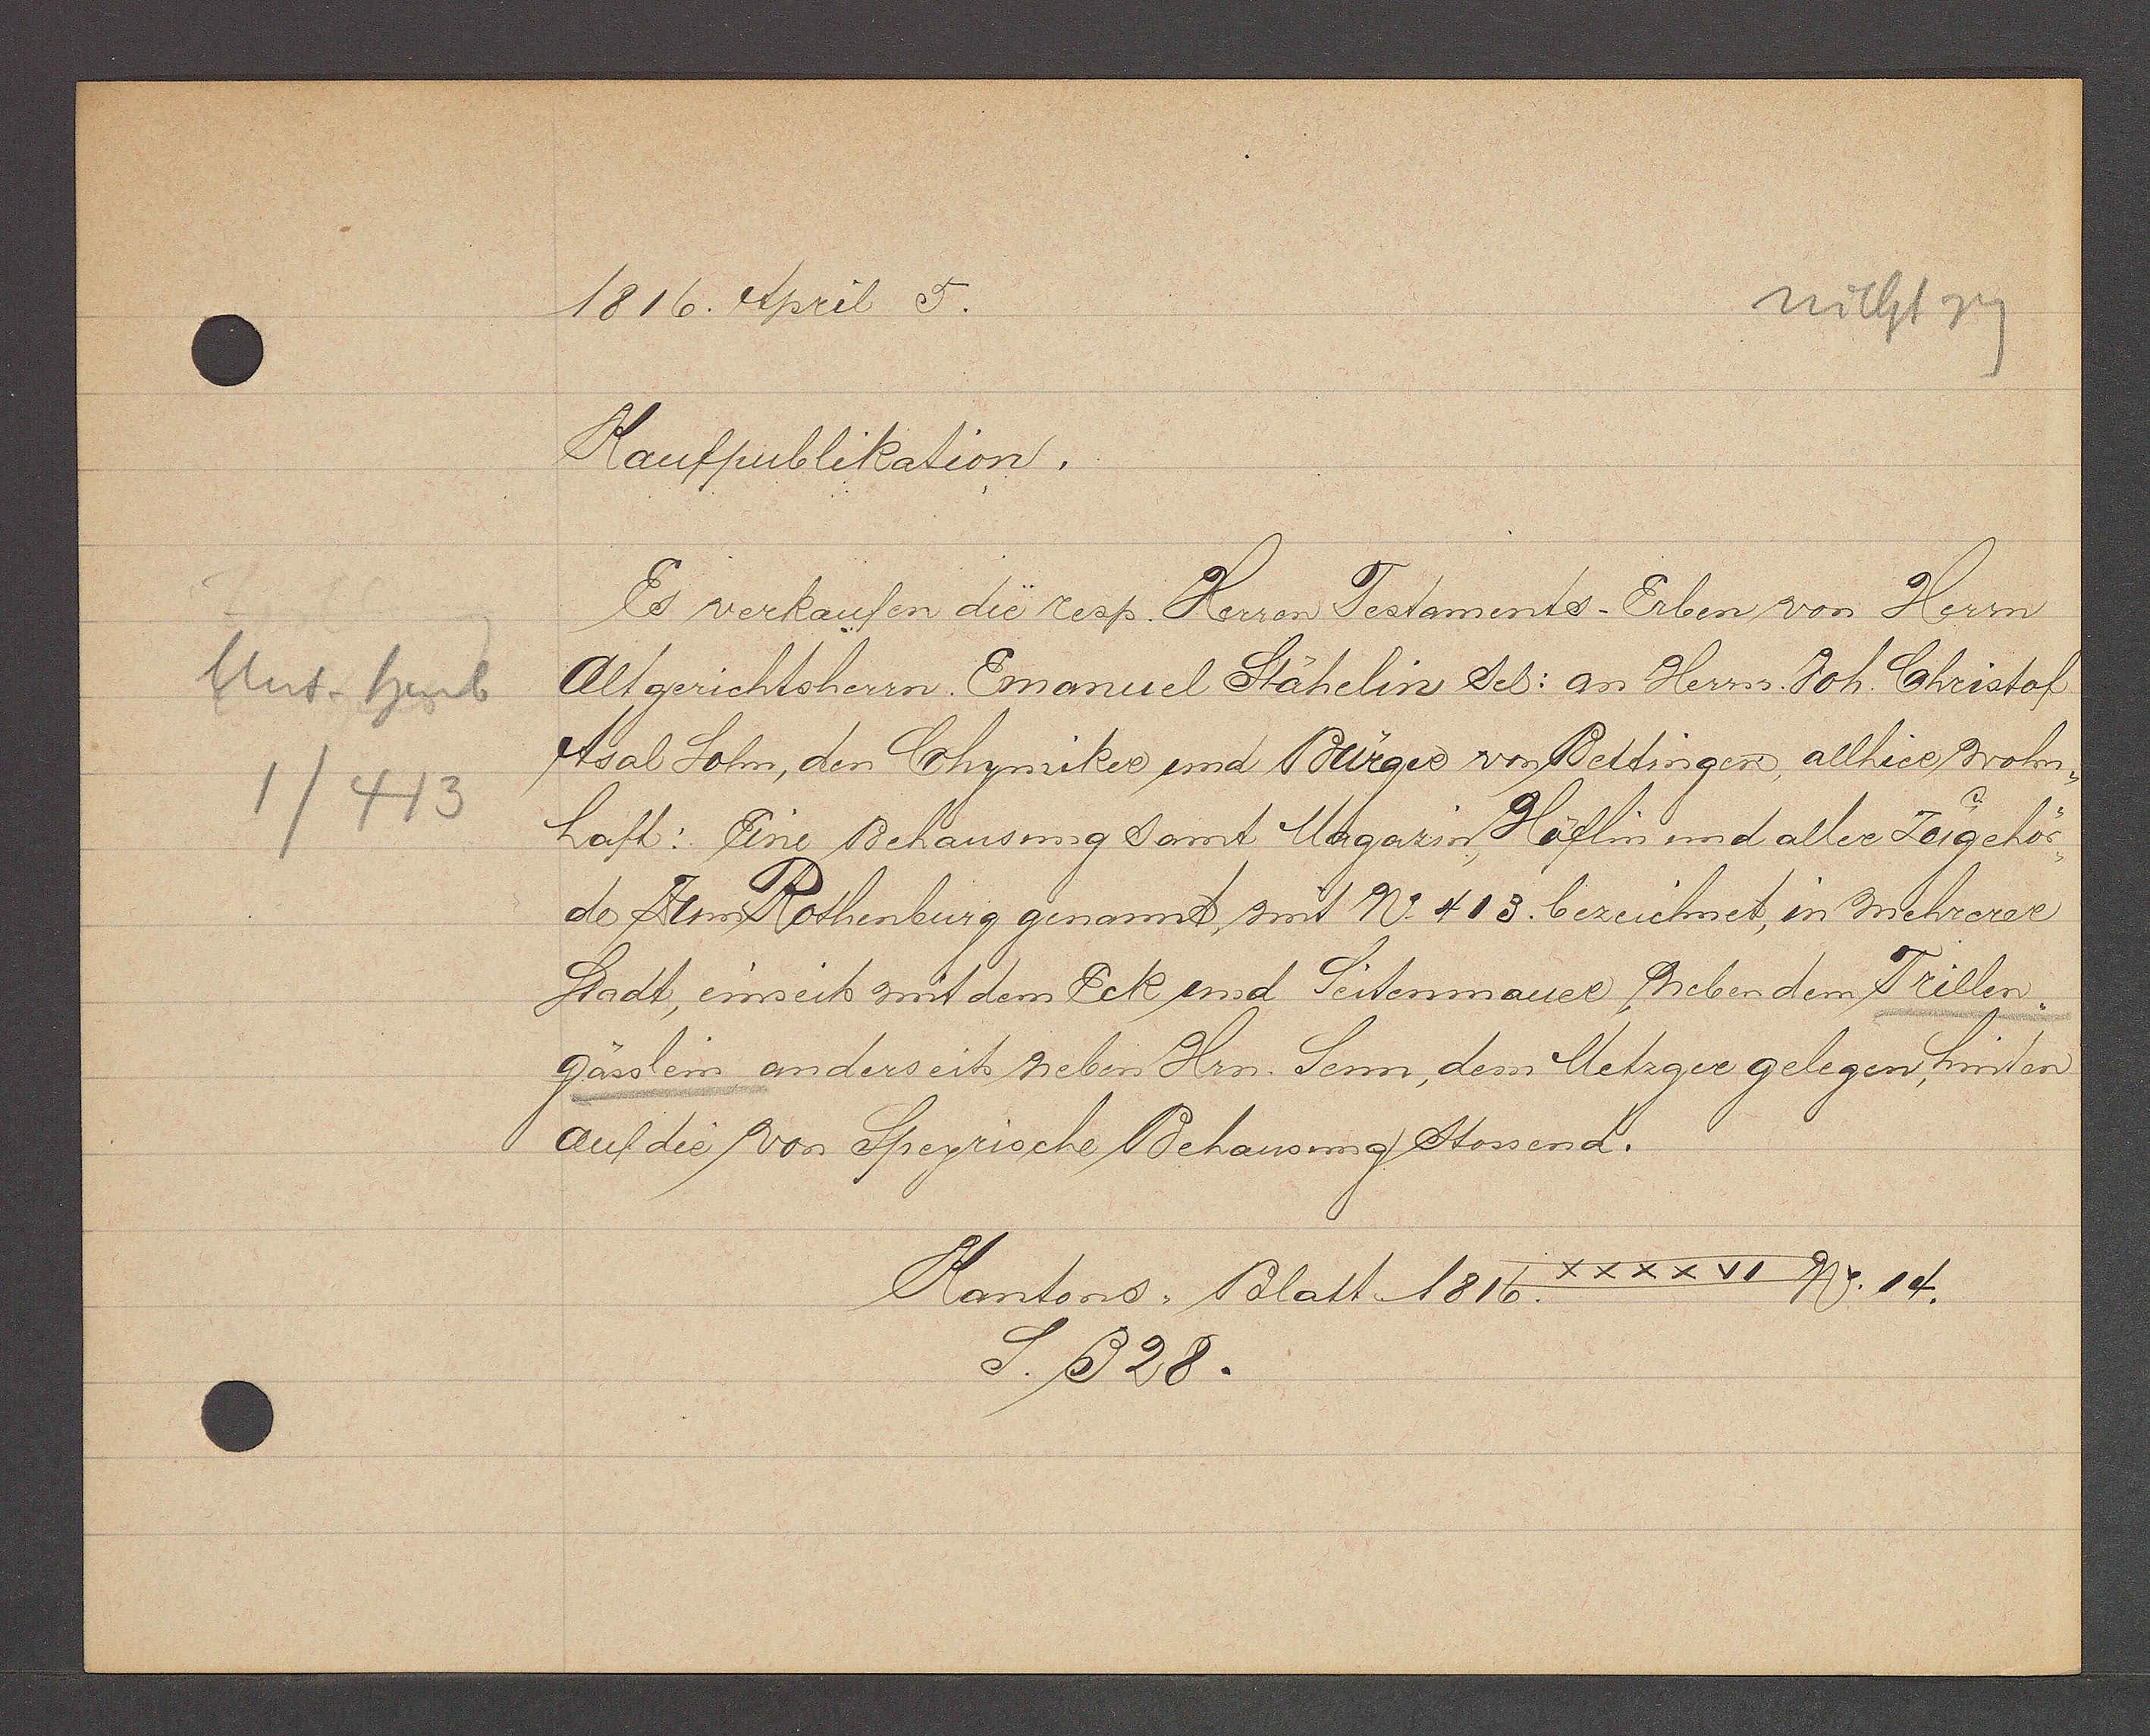
Transcript:
Unt heub
1/413

1816. April 5.

Kaufpublikation.
Es verkaufen die resp. Herrn Testaments-Erben von Herrn
Altgerichtsherrn, Emanuel Stähelin sel: an Herrn Joh. Christof
tsal Sohn, den Chymiker und Burger von Bettingen, allhiee wohn-
haft: Eine Behausung samt Magazin, Höflin und aller Zugehör¬
de zem Rothenburg genannt, mit No 413. bezeichnet, in mehrerer
Stadt, einseits mit dem Eck und Seitenmauer, neben dem Trillen¬
gässlein, anderseits neben Hrn Senn, dem Metzger gelegen, hinten
auf die von Speyrische Behausung stossend.

XXXXVI No. 14.
Kantons Blatt 1816.
S. 328.